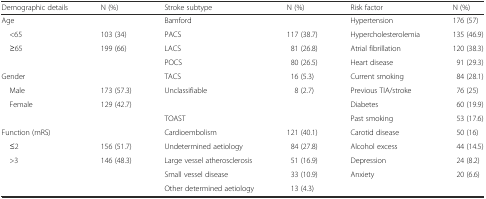
<table><thead><tr><td><b>Demographic details</b></td><td><b>N (%)</b></td><td><b>Stroke subtype</b></td><td><b>N (%)</b></td><td><b>Risk factor</b></td><td><b>N (%)</b></td></tr></thead><tbody><tr><td>Age</td><td></td><td>Bamford</td><td></td><td>Hypertension</td><td>176 (57)</td></tr><tr><td> &lt;65</td><td>103 (34)</td><td>PACS</td><td>117 (38.7)</td><td>Hypercholesterolemia</td><td>135 (46.9)</td></tr><tr><td> ≥65</td><td>199 (66)</td><td>LACS</td><td>81 (26.8)</td><td>Atrial fibrillation</td><td>120 (38.3)</td></tr><tr><td colspan="2"></td><td>POCS</td><td>80 (26.5)</td><td>Heart disease</td><td>91 (29.3)</td></tr><tr><td>Gender</td><td></td><td>TACS</td><td>16 (5.3)</td><td>Current smoking</td><td>84 (28.1)</td></tr><tr><td> Male</td><td>173 (57.3)</td><td>Unclassifiable</td><td>8 (2.7)</td><td>Previous TIA/stroke</td><td>76 (25)</td></tr><tr><td> Female</td><td>129 (42.7)</td><td colspan="2"></td><td>Diabetes</td><td>60 (19.9)</td></tr><tr><td colspan="2"></td><td>TOAST</td><td></td><td>Past smoking</td><td>53 (17.6)</td></tr><tr><td>Function (mRS)</td><td></td><td>Cardioembolism</td><td>121 (40.1)</td><td>Carotid disease</td><td>50 (16)</td></tr><tr><td> ≤2</td><td>156 (51.7)</td><td>Undetermined aetiology</td><td>84 (27.8)</td><td>Alcohol excess</td><td>44 (14.5)</td></tr><tr><td rowspan="3"> &gt;3</td><td rowspan="3">146 (48.3)</td><td>Large vessel atherosclerosis</td><td>51 (16.9)</td><td>Depression</td><td>24 (8.2)</td></tr><tr><td>Small vessel disease</td><td>33 (10.9)</td><td>Anxiety</td><td>20 (6.6)</td></tr><tr><td>Other determined aetiology</td><td>13 (4.3)</td><td colspan="2"></td></tr></tbody></table>